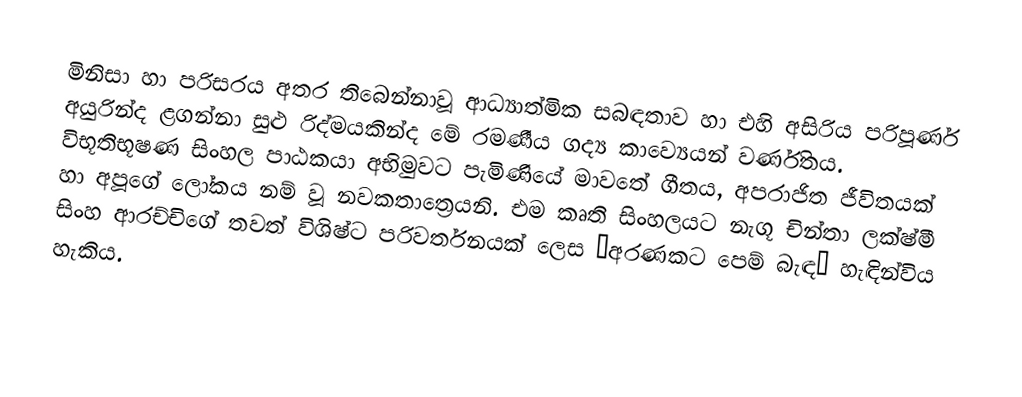
මිනිසා හා පරිසරය අතර තිබෙන්නාවූ ආධ්‍යාත්මික සබඳතාව හා එහි අසිරිය පරිපූර්ණ අයුරින්ද ළගන්නා සුළු රිද්මයකින්ද මේ රමණීය ගද්‍ය කාව්‍යෙයන් වර්ණිතය. විභූතිභූෂණ සිංහල පාඨකයා අභිමුවට පැමිණියේ මාවතේ ගීතය, අපරාජිත ජීවිතයක් හා අපූගේ ලෝකය නම් වූ නවකතාත්‍රෙයනි. එම කෘති සිංහලයට නැගූ චින්තා ලක්ෂ්මී සිංහ ආරච්චිගේ තවත් විශිෂ්ට පරිවර්තනයක් ලෙස “අරණකට පෙම් බැඳ“ හැඳින්විය හැකිය.